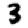
Digit: 3